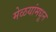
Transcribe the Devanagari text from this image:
मेळयांमधून